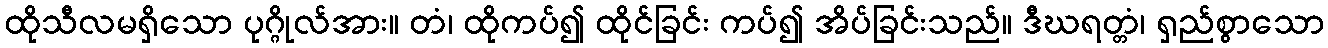
ထိုသီလမရှိသော ပုဂ္ဂိုလ်အား။ တံ၊ ထိုကပ်၍ ထိုင်ခြင်း ကပ်၍ အိပ်ခြင်းသည်။ ဒီဃရတ္တံ၊ ရှည်စွာသော